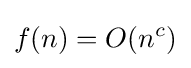
f(n)=O(n^{c})